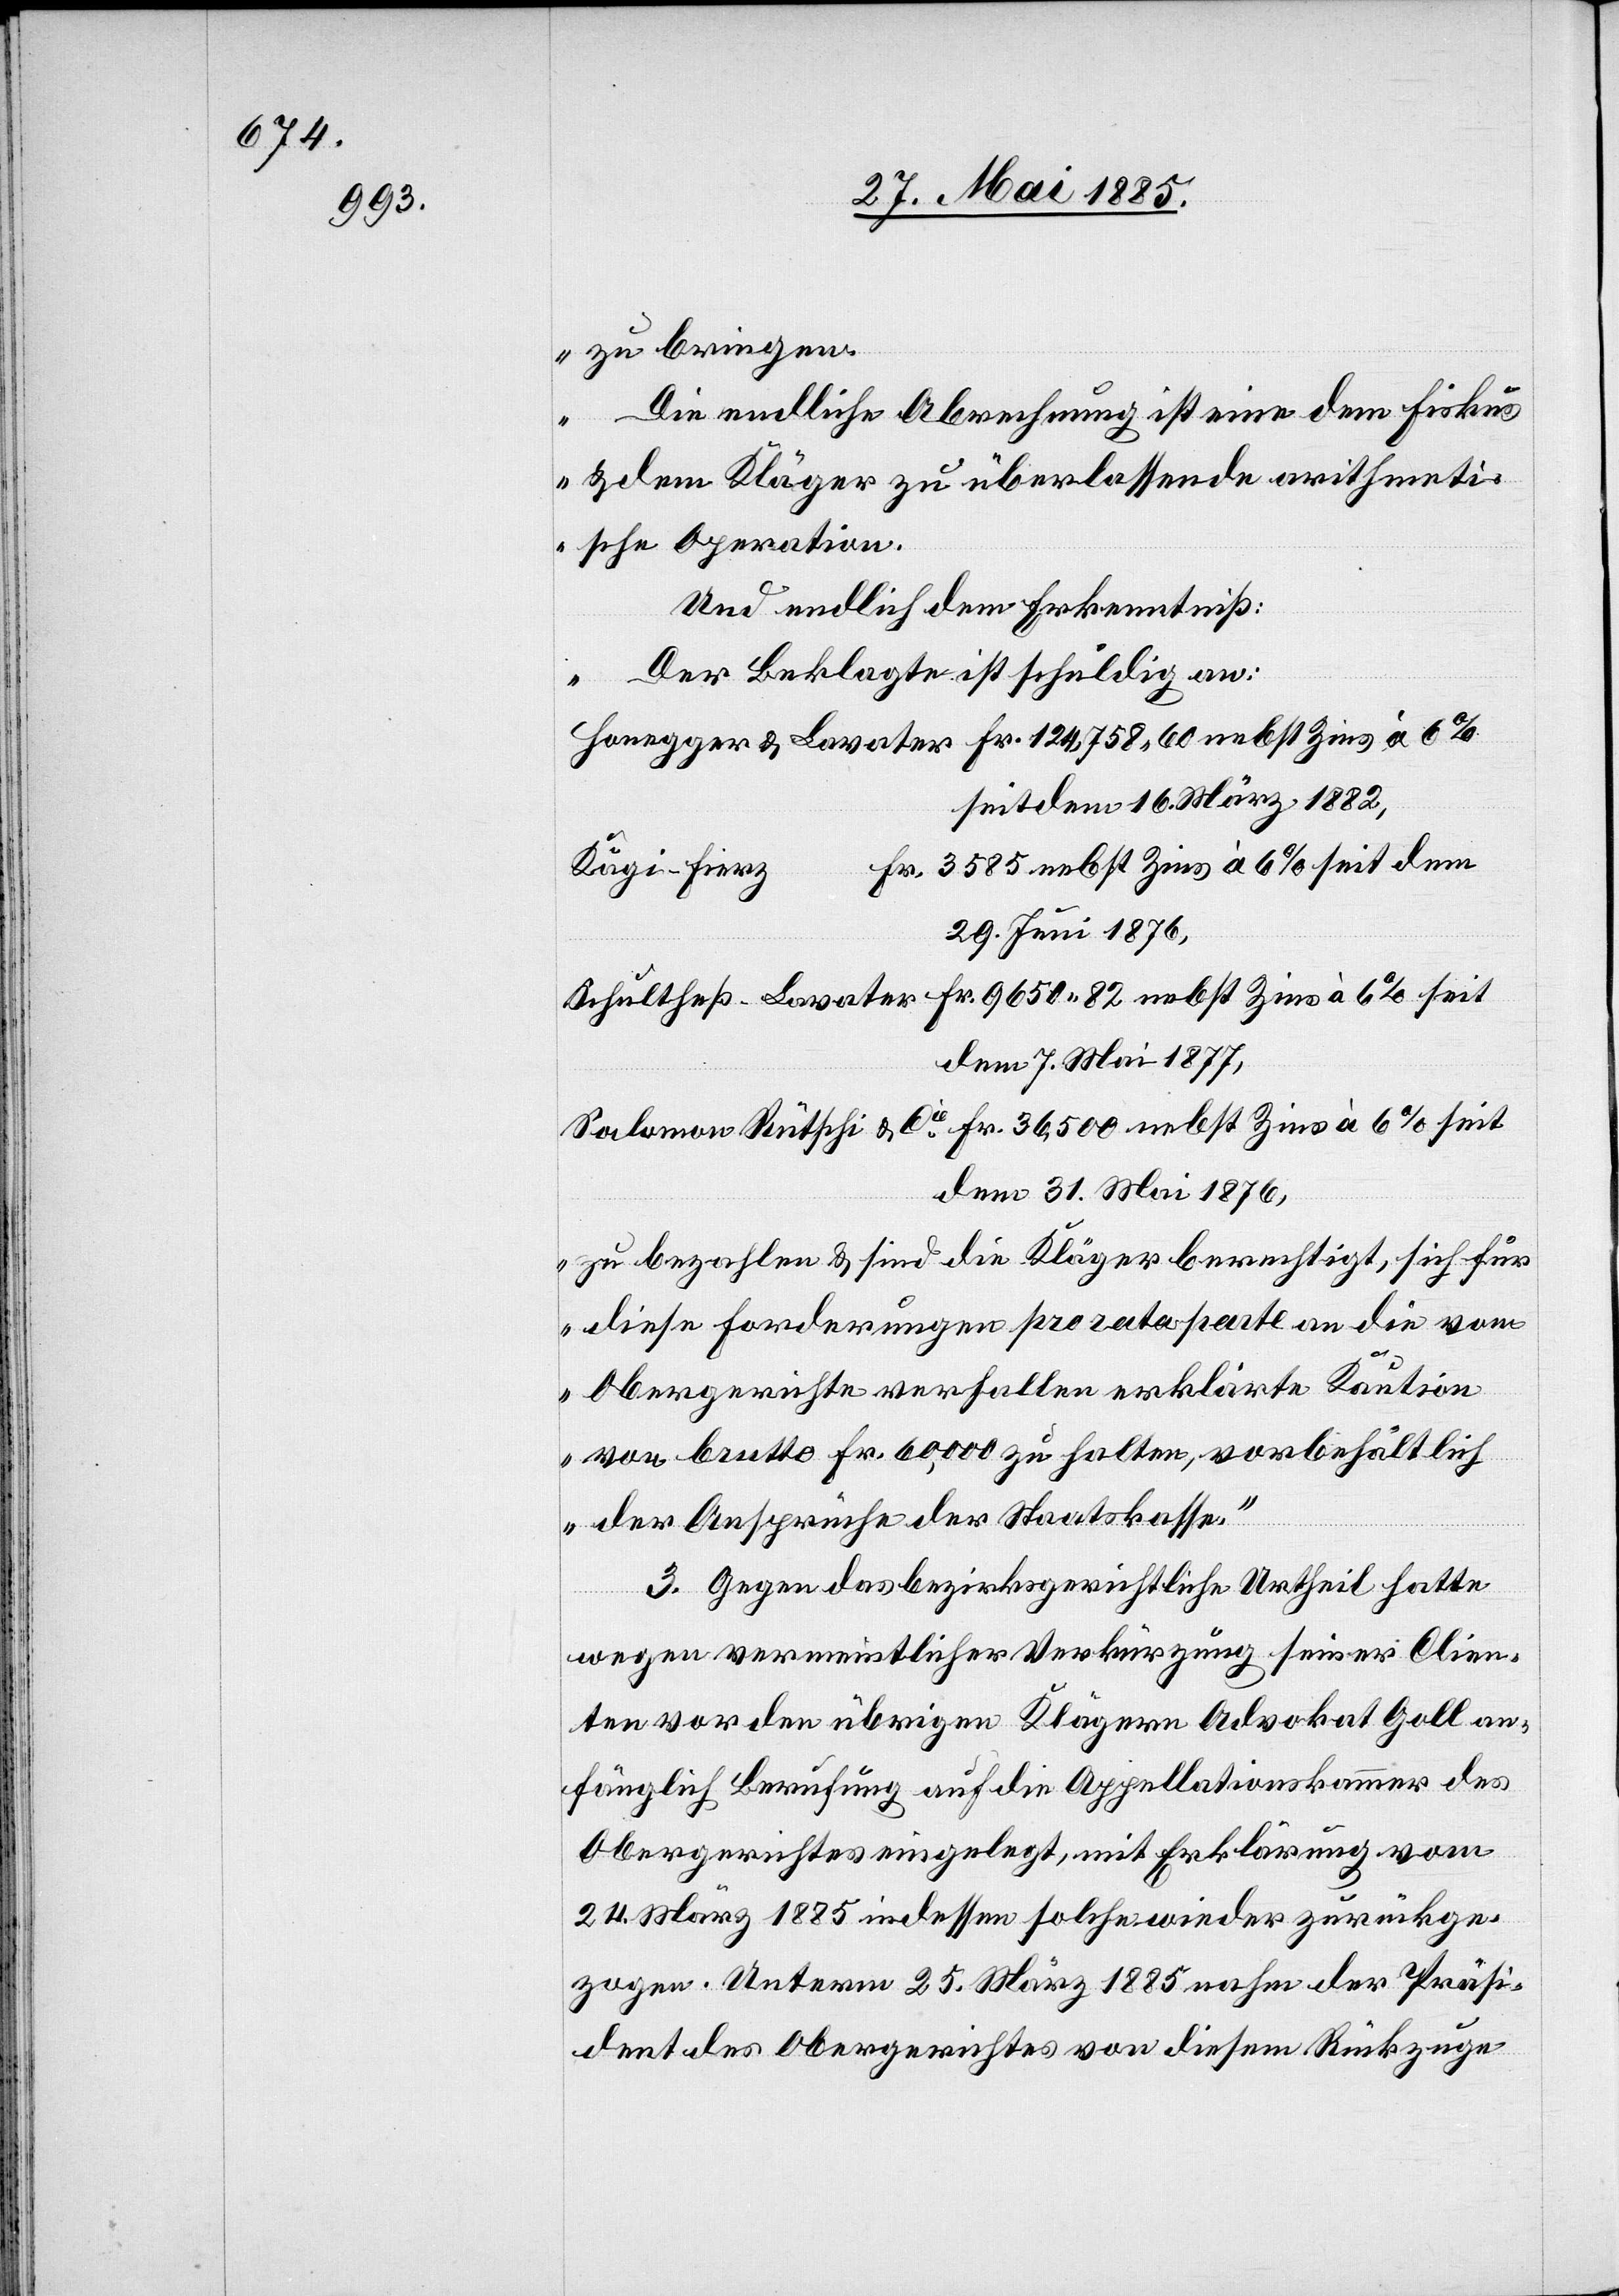
zu bringen.
Die endliche Abrechnung ist eine dem Fiskus
& dem Kläger zu überlassende arithmeti¬
sche Operation.
Der Beklagte ist schuldig an:
Honegger & Lavater Fr. 124,578 60 nebst Zins à 6%
seit dem 16. März 1882,
Kägie-Fierz
29. Juni 1876,
Schultheß-Lavater Fr. 9650 82 nebst Zins à 6%
dem 7. Mai 1877,
Salomon Rütschi & Cie Fr. 36,500 nebst Zins à 6%
dem 31. Mai 1876,
zu bezahlen & sind die Kläger berechtigt, sich für
diese Forderungen pro rata parte an die vom
Obergerichte verfallen erklärte Kaution
von brutto Fr. 60,000 zu halten, vorbehältlich
der Ansprüche der Staatskasse.“
3. Gegen das bezirksgerichtliche Urtheil hatte
seit
wegen vermeintlicher Verkürzung seiner Clien¬
ten vor den übrigen Klägern Advokat Goll an¬
fänglich Berufung auf die Appellationskammer des
Obergerichtes eingelegt, mit Erklärung vom
24. März 1885 indessen solche wieder zurückge¬
zogen. Unterm 25. März 1885 nahm der Präsi¬
dent des Obergerichtes von diesem Rückzuge